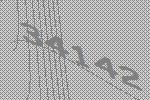
34142